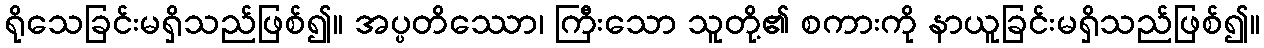
ရိုသေခြင်းမရှိသည်ဖြစ်၍။ အပ္ပတိဿော၊ ကြီးသော သူတို့၏ စကားကို နာယူခြင်းမရှိသည်ဖြစ်၍။